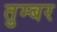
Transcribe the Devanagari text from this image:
तुम्बर